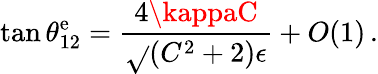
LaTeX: \tan\theta_{12}^{\mathrm{e}}=\frac{{4\kappaC}}{{\sqrt{}{{(C^{2}+2)}}\epsilon}}+O(1)\, .